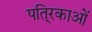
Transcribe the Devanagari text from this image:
पति्रकाओं